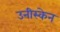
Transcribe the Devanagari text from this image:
उनीस्केन